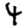
Digit: 4